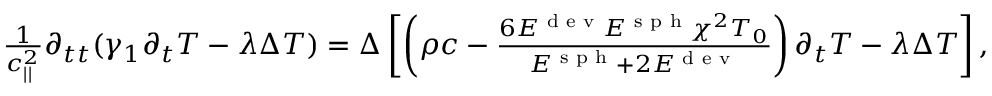
\begin{array} { r } { \frac { 1 } { c _ { | | } ^ { 2 } } \partial _ { t t } ( \gamma _ { 1 } \partial _ { t } T - \lambda \Delta T ) = \Delta \left[ \left( \rho c - \frac { 6 E ^ { \textrm { d e v } } E ^ { \textrm { s p h } } \chi ^ { 2 } T _ { 0 } } { E ^ { \textrm { s p h } } + 2 E ^ { \textrm { d e v } } } \right) \partial _ { t } T - \lambda \Delta T \right] , } \end{array}